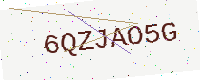
Text: 6QZJAO5G